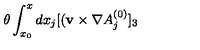
\theta \int _ { x _ { 0 } } ^ { x } d x _ { j } [ ( { \bf v } \times \nabla A _ { j } ^ { ( 0 ) } ] _ { 3 }